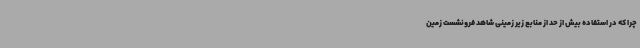
چرا که در استفاده بیش از حد از منابع زیر زمینی شاهد فرونشست زمین